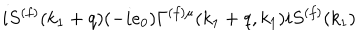
i S ^ { ( f ) } ( k _ { 1 } + q ) ( - i e _ { 0 } ) \Gamma ^ { ( f ) \mu } ( k _ { 1 } + q , k _ { 1 } ) i S ^ { ( f ) } ( k _ { 1 } )